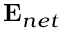
{ \bf { E } } _ { n e t }